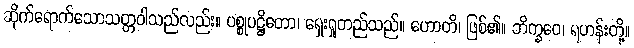
ဆိုက်ရောက်သောသတ္တဝါသည်လည်း။ ပစ္စုပဋ္ဌိတော၊ ရှေးရှုတည်သည်။ ဟောတိ၊ ဖြစ်၏။ ဘိက္ခဝေ၊ ရဟန်းတို့။